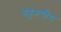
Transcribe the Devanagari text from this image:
बहुरूपीय